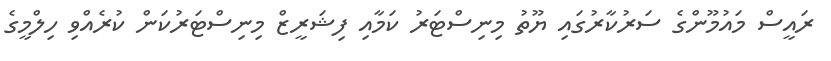
ރައީސް މައުމޫންގެ ސަރުކާރުގައި ޔޫތު މިނިސްޓަރު ކަމާއި ފިޝަރީޒް މިނިސްޓަރުކަން ކުރެއްވި ހިލްމީގެ